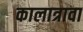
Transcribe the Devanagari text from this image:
कालात्रावा